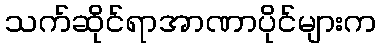
သက်ဆိုင်ရာအာဏာပိုင်များက